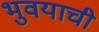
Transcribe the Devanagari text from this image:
भुवयाची